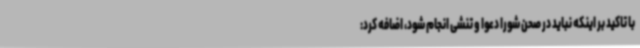
با تاکید بر اینکه نباید در صحن شورا دعوا و تنشی انجام شود، اضافه کرد: